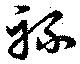
禄